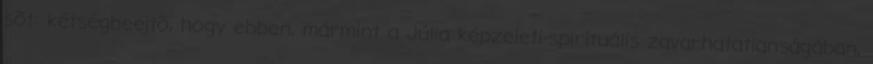
sõt: kétségbeejtõ, hogy ebben, mármint a Júlia képzeleti-spirituális zavarhatatlanságában,